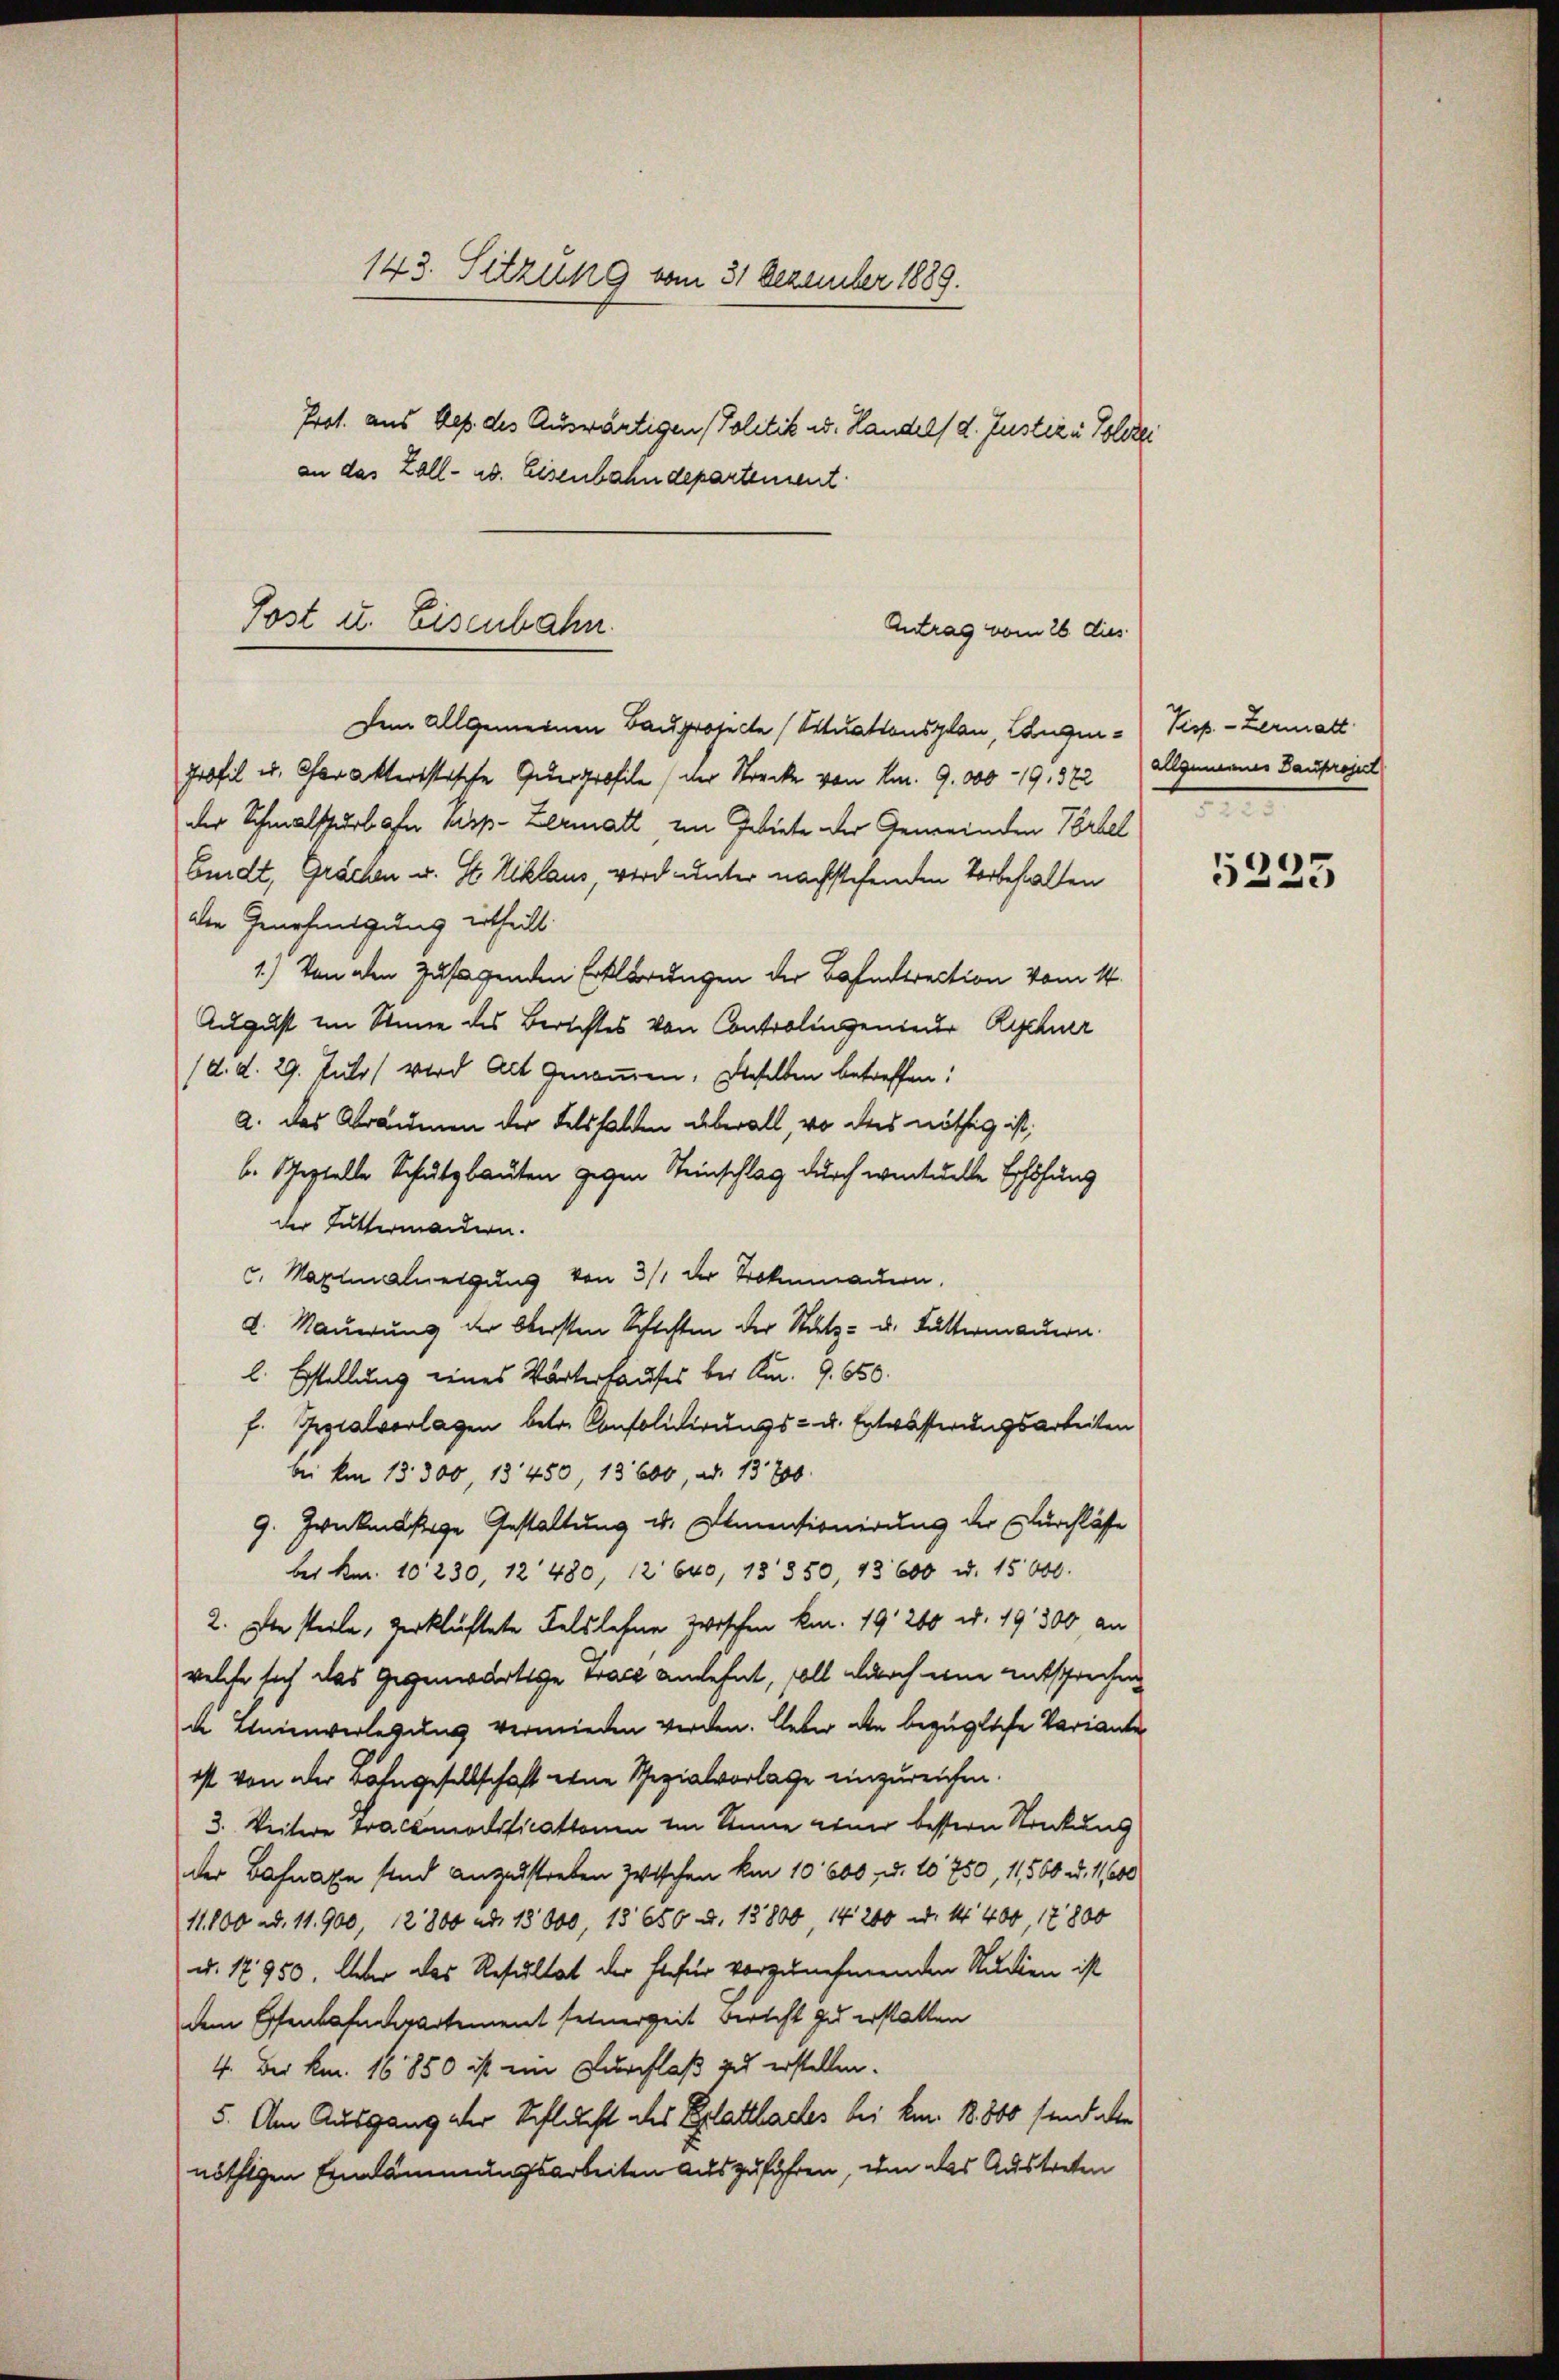
143. Sitzung vom 31 Dezember 1889.
Prot. aus des des Auswärtigen Politik u. Handels d. Justiz & Polizei
an das Zoll- u. Eisenbahndepartement

Post u. Eisenbahn.

Antrag vom 26 dies

Dem Allgemeinen Bauprojecte (Situationsplan, Langen Pisp. - Zermatt.
profil u. Charakteristische Querprofile (der Strecke von K. 9. 000 - 19, 372 Allgemeiner Bauproject
der Schmalspurlofn Pisp-Zermatt, im Gebiete der Gemeinden Vorbel
bindt, Grächen u. St. Niklaus, wird unter nachstehenden Vorbehalten
die Genehmigung ertheilt.
1.) Von den Zusagenden Erklärungen der Bahndirection vom 14.
August im Sinne des Berichtes von Controlingenieur Rechner
(d. d. 29. Juli) Wird Alt genommen, dieselben betreffen:
a. das Abräumen der Felshalden überall, wo ders nöthig ist,
b. Septelle Schutzbauten gegen Steinschlag durch wentuelle Erhöhung
der Futtermandern.
c. Maximaliengung von 3/1 der Brokmauern,
2. Nauerung der Obersten Schichten der Stutz- u. Buttermauern.
l. Erstellung eines Wärterkaufes bei Am. 9. 650.
f. Pezialvorlagen betr. Consolidierungs- u. Entwässerungsarbeiten
bei den 13300, 13450, 13600, ad. 13700
9. Frickenstige Gestaltung u. Almensionirung der Durchlässe
bei Km. 10. 230, 12 480, 12 640, 18850, 13600 u. 15000.
2. Die steile, zerklüftete Felsleben zwischen kn. 19. 260 u. 19300, an
welche sich das Gegenwärtige trage anlehnt, soll durch eine entsprechen
 Unenverlegung vermieden werden. Leber die bezügliche Variante
ist von der Bahngesellschaft eine Spezialvorlage einzureichen.
3. Weitere Traccomodificationen im Sinne einer bessern Stenkung
der Bahnaxe sind anzustreben zwischen kan 10. 600 d. 10750, 11,560 u. 11,000
11,800 ad. 11. 900, 12800 ad. 13000, 13650 d. 13800, 14 200 u. Nr. 400, 17800
d. 17950. Aber das Resultat der hiefür vorzunehmenden Studien ist
dem Essenbahnderartement seinerzeit verteht zu erstatten
4. Der kn. 16850 ist ein Durchlaß zu erstellen.
5. Am Ausgang der Schlucht des Blattlaces bei kn. 18800 sind alte
nöthigen Einlämmungsarbeiten auszuführen, um das Austreten

5235